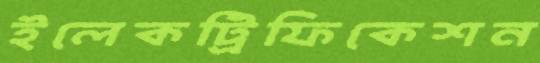
ইলেকট্রিফিকেশন